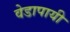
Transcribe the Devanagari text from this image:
वेडापायी